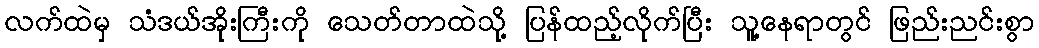
လက်ထဲမှ သံဒယ်အိုးကြီးကို သေတ်တာထဲသို့ ပြန်ထည့်လိုက်ပြီး သူ့နေရာတွင် ဖြည်းညင်းစွာ